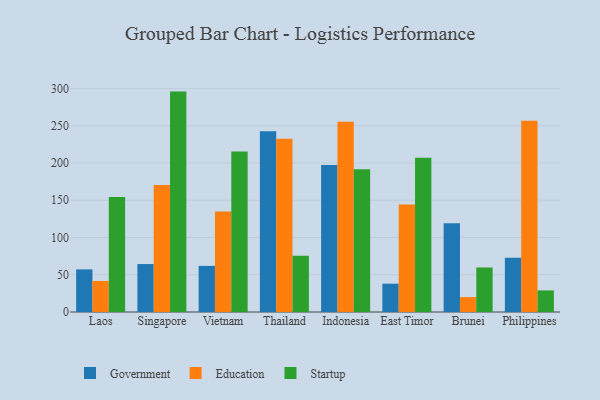
{"axis": {"x": "Country", "y": "Net Income (USD K)"}, "legend": ["Education", "Government", "Startup"], "data": [{"x": "Laos", "y": 57.2, "type": "Government"}, {"x": "Laos", "y": 41.7, "type": "Education"}, {"x": "Laos", "y": 154.5, "type": "Startup"}, {"x": "Singapore", "y": 64.4, "type": "Government"}, {"x": "Singapore", "y": 170.5, "type": "Education"}, {"x": "Singapore", "y": 295.9, "type": "Startup"}, {"x": "Vietnam", "y": 61.9, "type": "Government"}, {"x": "Vietnam", "y": 134.8, "type": "Education"}, {"x": "Vietnam", "y": 215.4, "type": "Startup"}, {"x": "Thailand", "y": 242.7, "type": "Government"}, {"x": "Thailand", "y": 232.7, "type": "Education"}, {"x": "Thailand", "y": 75.6, "type": "Startup"}, {"x": "Indonesia", "y": 197.2, "type": "Government"}, {"x": "Indonesia", "y": 255.5, "type": "Education"}, {"x": "Indonesia", "y": 191.7, "type": "Startup"}, {"x": "East Timor", "y": 38.0, "type": "Government"}, {"x": "East Timor", "y": 144.4, "type": "Education"}, {"x": "East Timor", "y": 207.2, "type": "Startup"}, {"x": "Brunei", "y": 119.0, "type": "Government"}, {"x": "Brunei", "y": 20.0, "type": "Education"}, {"x": "Brunei", "y": 59.8, "type": "Startup"}, {"x": "Philippines", "y": 72.9, "type": "Government"}, {"x": "Philippines", "y": 256.7, "type": "Education"}, {"x": "Philippines", "y": 29.0, "type": "Startup"}]}